Problem: 2 × 7 = ?
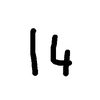
Handwritten answer: 14